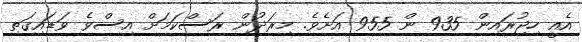
އެއީ ހިޖުރައިން 935 ން 955 އަށެވެ. މިރަދުން ރަސްކަމަށް އިސްވެ ވަޑައިގަތި